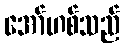
အော်ဟစ်သည်